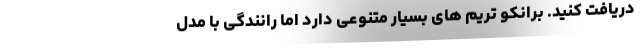
دریافت کنید. برانکو تریم های بسیار متنوعی دارد اما رانندگی با مدل